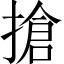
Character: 搶